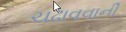
ચઢાવવાની